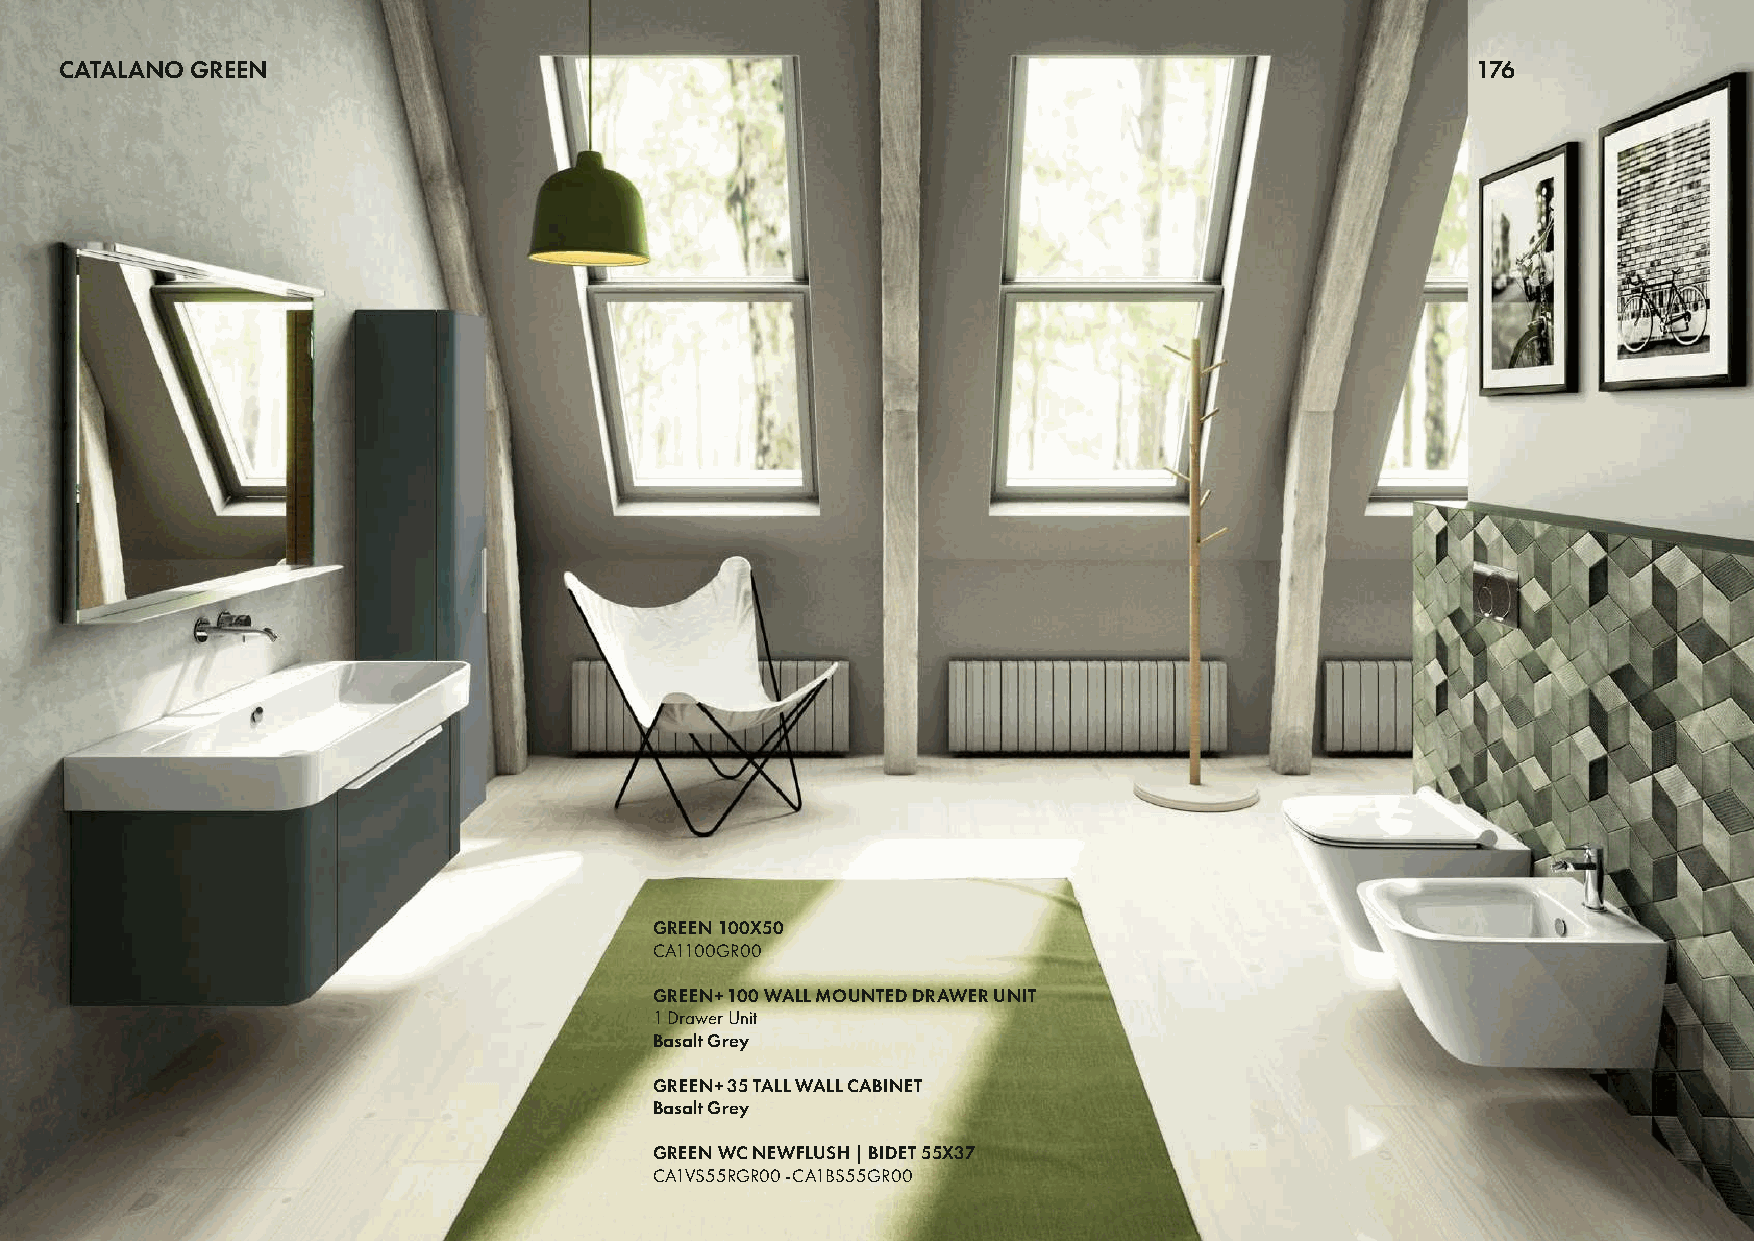
CATALANO GREEN                                                                                176
 GREEN 100X50
 CA1100GR00
 GREEN+ 100 WALL MOUNTED DRAWER UNIT
 1 Drawer Unit
 Basalt Grey
 GREEN+ 35 TALL WALL CABINET
 Basalt Grey
 GREEN WC NEWFLUSH | BIDET 55X37
 CA1VS55RGR00 -CA1BS55GR00